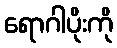
ရောဂါပိုးကို